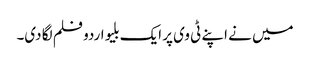
میں نے اپنے ٹی وی پر ایک بلیو اردو فلم لگا دی۔